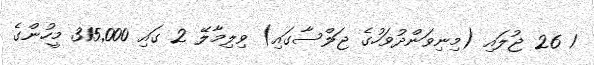
1 26 ޖުލައި (މިނިވަންދުވަހުގެ ޖަލްސާގައި) ވިލިމާލޭ 2 ގައި 315